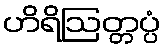
ဟိရိဩတ္တပ္ပံ